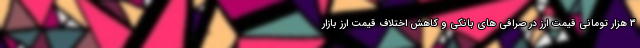
3 هزار تومانی قیمت ارز در صرافی های بانکی و کاهش اختلاف قیمت ارز بازار